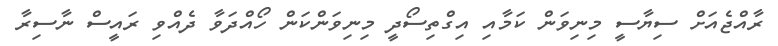
ރާއްޖެއަށް ސިޔާސީ މިނިވަން ކަމާއި އިގްތިސޯދީ މިނިވަންކަން ހޯއްދަވާ ދެއްވި ރައީސް ނާސިރާ